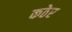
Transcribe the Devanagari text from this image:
कठेर